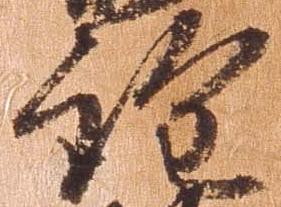
詮